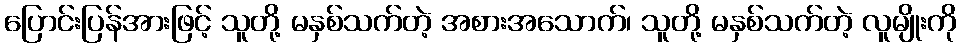
ပြောင်းပြန်အားဖြင့် သူတို့ မနှစ်သက်တဲ့ အစားအသောက်၊ သူတို့ မနှစ်သက်တဲ့ လူမျိုးကို